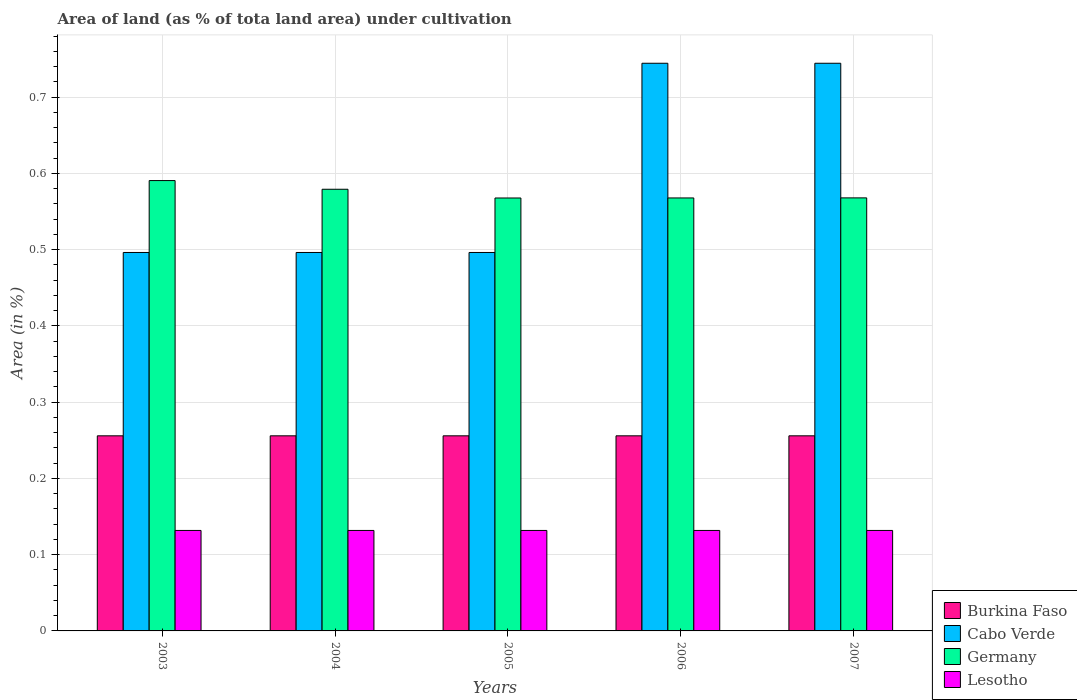
| Years | Burkina Faso | Cabo Verde | Germany | Lesotho |
 | --- | --- | --- | --- | --- |
 | 2003 | 0.256 | 0.496 | 0.591 | 0.132 |
 | 2004 | 0.256 | 0.496 | 0.579 | 0.132 |
 | 2005 | 0.256 | 0.496 | 0.568 | 0.132 |
 | 2006 | 0.256 | 0.744 | 0.568 | 0.132 |
 | 2007 | 0.256 | 0.744 | 0.568 | 0.132 |